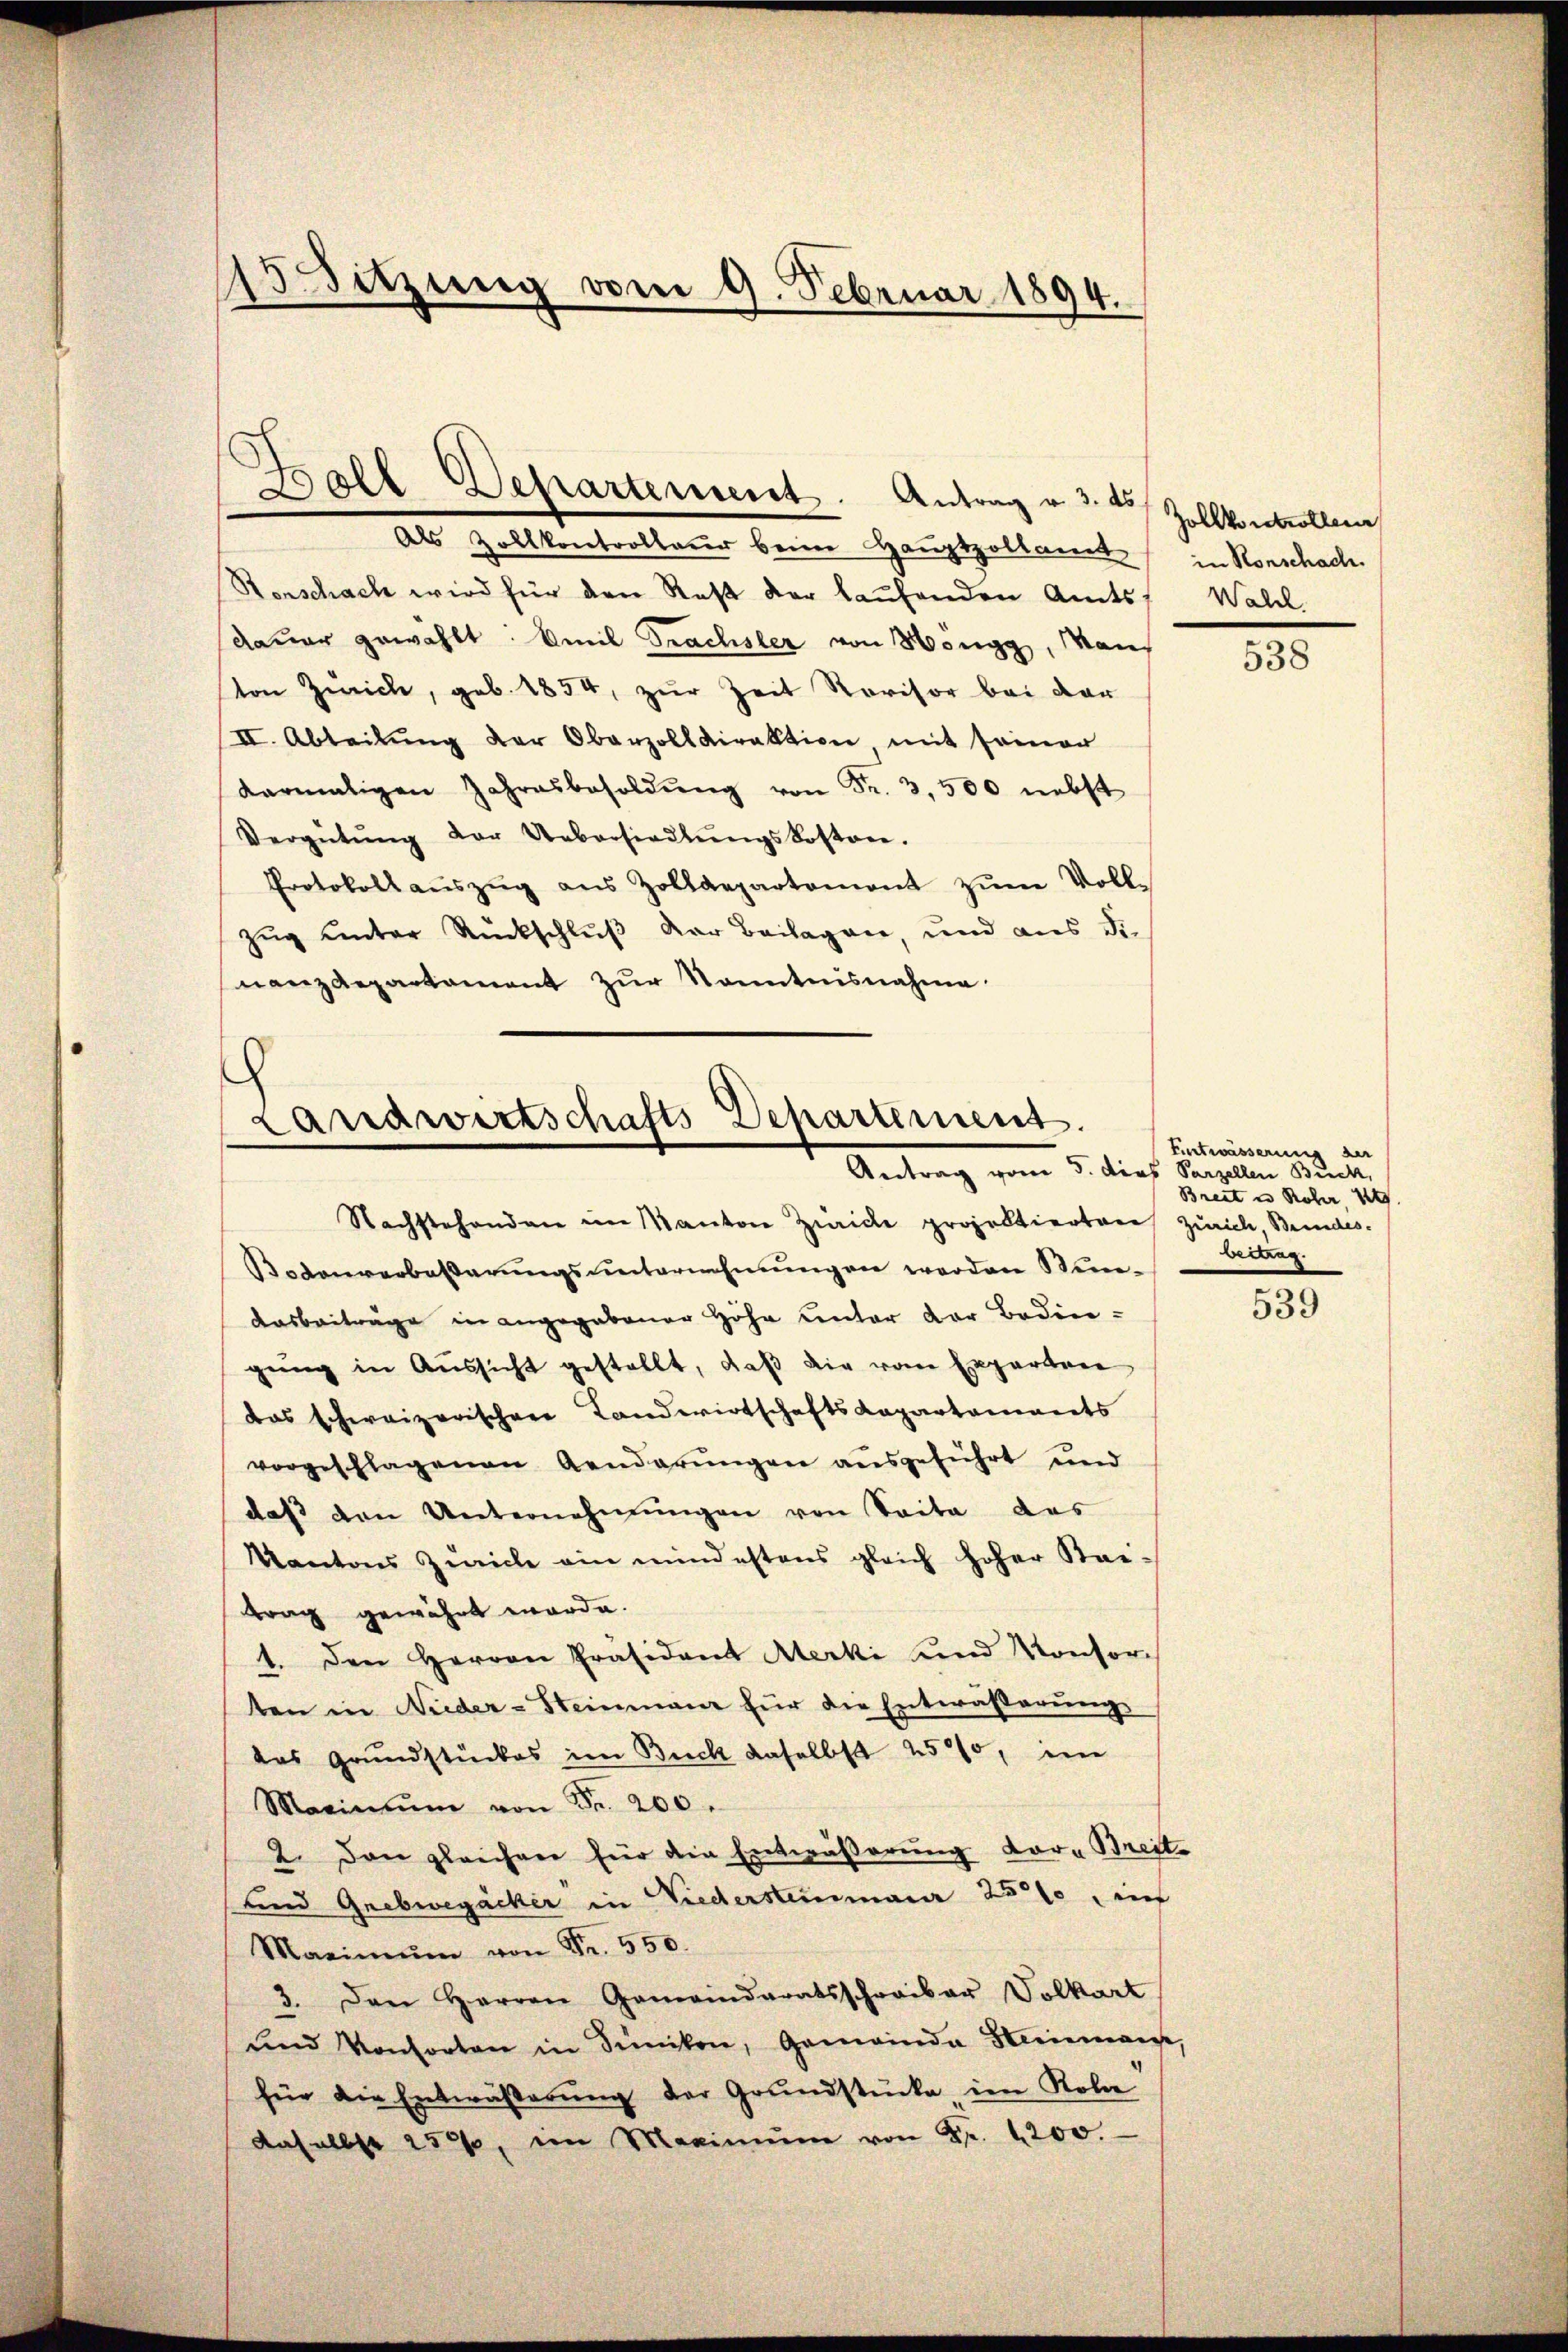
15 Sitzung vom 9. Februar 1894.

Ball Departement. Antrag u. 3. 4 Zollkontrollen

Als Zollkontrollauer beim Hauptpollamt in Ronschach
Stenschach wird für den Rest der laufenden Amts Wahl
dauer gewählt. Emil Trachsler von Höngg, aus
ton Zürich, geb. 1854, zur Zeit Rovisor bei der
II. Abteilŭng der Oberzolldirektion mit seiner
darmaligen Jahresbesoldŭng von Fr. 3,500 nebst
Vergütŭng der Uebersiedlŭngskosten.
Protokoll aŭszŭg aŭs Zolldepartement zŭm Voll-
Zug unter Rückschluß der Beilagen, und aus die
nanzdepartement zur Kenntnisnahme

Landwirtschafts-Departement.
Antrag vom 5. dies Baselben unte

Nachstehenden im Kanton Zwicke projektierten Zürich, Bundes-
Bodenverbeßerungsunternehmungen worden Sin¬
Aasbeiträge in angegebener Höhe unter der Bedingung in Aussicht gestellt, daß die von Experten
das schweizerischen Landwirtschafts-Kapartaments
vorgeschlagenen Aenderŭngen aŭsgeführt und
das den Unternehmungen von Saite das
Kantons Zürich ein mindestens gleich hoher Steitrag gewährt werde.
1. Den Herrn Präsident Aterki und Konsor-
ten in Nieder-Steinmann für die Entwässerung
das Grundstückes im Buch daselbst 2500, im
Maximŭm von Fr. 200.
2. Den gleichner für die Entwäßerung vor Breit-
und Grobwegäcker in Wiedersteinmaur 2500, ein
Maximŭm von Fr. 550.
3. Den Herren Gemeindratsschreiber Volkart
ŭnd Konsorten in Sünikon, Gemeinde Heimes,
für die Entwäßerung der Grundstücke im Kola
daselbst 250, im Maximŭm von Fr. 1200.

538

Entwässerung der
Breit in Rober 184
bertrag.

.
539